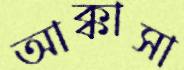
আক্কাসা